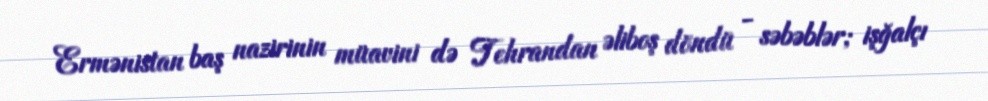
Ermənistan baş nazirinin müavini də Tehrandan əliboş döndü - səbəblər; işğalçı